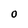
Character: O